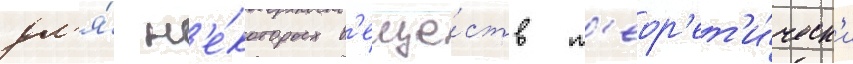
дл'я́ н'е́которых в'еще́ств т'еор'ет'и́ческ'и